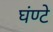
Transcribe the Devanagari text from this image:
घंण्टे